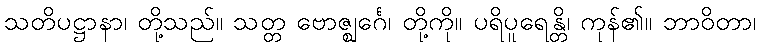
သတိပဋ္ဌာနာ၊ တို့သည်။ သတ္တ ဗောဇ္ဈင်္ဂေ၊ တို့ကို။ ပရိပူရေန္တိ၊ ကုန်၏။ ဘာဝိတာ၊